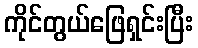
ကိုင်တွယ်ဖြေရှင်းပြီး